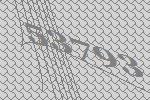
53793